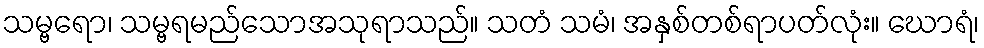
သမ္ဗရော၊ သမ္ဗရမည်သောအသုရာသည်။ သတံ သမံ၊ အနှစ်တစ်ရာပတ်လုံး။ ဃောရံ၊